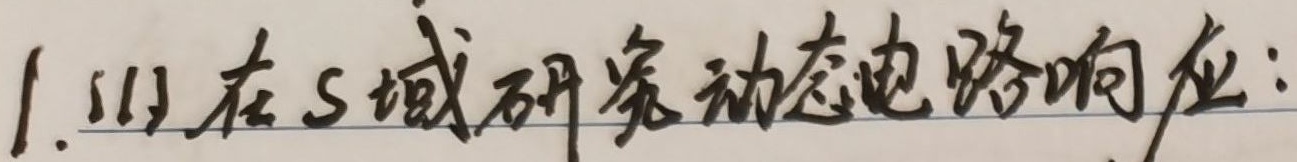
1. (1) 在 \(s\) 域研究动态电路响应：